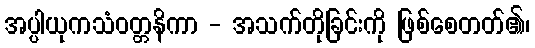
အပ္ပါယုကသံဝတ္တနိကာ - အသက်တိုခြင်းကို ဖြစ်စေတတ်၏၊